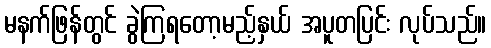
မနက်ဖြန်တွင် ခွဲကြရတော့မည့်နှယ် အပူတပြင်း လုပ်သည်။